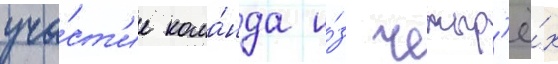
уча́ст'ие кома́нда и́з четыр'ё́х